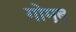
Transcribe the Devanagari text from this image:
गोम्बु